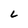
Character: C